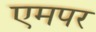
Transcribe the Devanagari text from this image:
एमपर